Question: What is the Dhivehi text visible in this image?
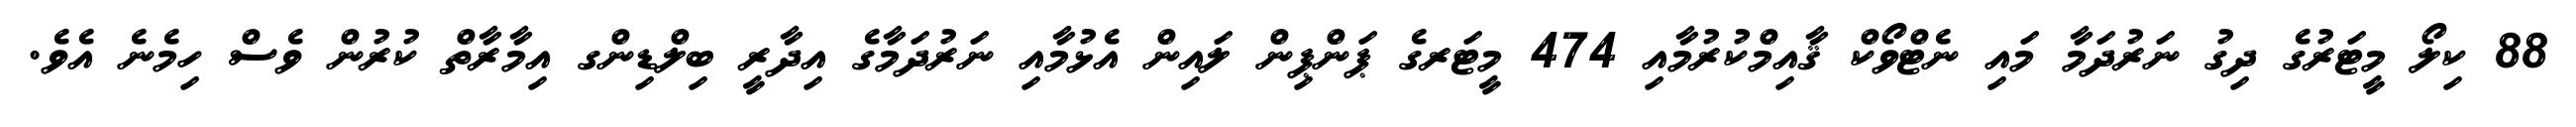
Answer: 88 ކިލޯ މީޓަރުގެ ދިގު ނަރުދަމާ މައި ނެޓްވޯކް ޤާއިމްކުރުމާއި 474 މީޓަރގެ ޕަންޕިން ލައިން އެޅުމާއި ނަރުދަމާގެ އިދާރީ ބިލްޑިންގ އިމާރާތް ކުރުން ވެސް ހިމެނެ އެވެ.